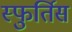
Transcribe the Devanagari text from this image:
स्फुर्तिस